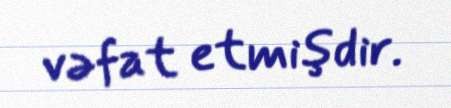
vəfat etmişdir.